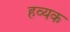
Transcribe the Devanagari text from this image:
हव्यक